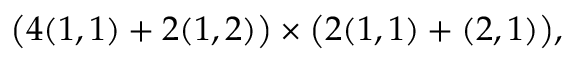
\big ( 4 ( 1 , 1 ) + 2 ( 1 , 2 ) \big ) \times \big ( 2 ( 1 , 1 ) + ( 2 , 1 ) \big ) ,